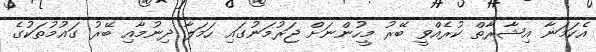
އެކަމަނާ އިޝާރާތް ކުރެއްވީ ބޭރު މީހުންނަށް ޖަރުމަނުގައި ހަމަލާ ދިނުމާއި ބޭރު ގައުމުތަކުގެ